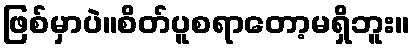
ဖြစ်မှာပဲ။စိတ်ပူစရာတော့မရှိဘူး။